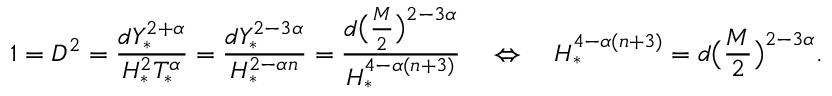
1 = D ^ { 2 } = \frac { d Y _ { * } ^ { 2 + \alpha } } { H _ { * } ^ { 2 } T _ { * } ^ { \alpha } } \stackrel { } = \frac { d Y _ { * } ^ { 2 - 3 \alpha } } { H _ { * } ^ { 2 - \alpha n } } \stackrel { } = \frac { d \big ( \frac { M } { 2 } \big ) ^ { 2 - 3 \alpha } } { H _ { * } ^ { 4 - \alpha ( n + 3 ) } } \quad \Leftrightarrow \quad H _ { * } ^ { 4 - \alpha ( n + 3 ) } = d \big ( \frac { M } { 2 } \big ) ^ { 2 - 3 \alpha } .